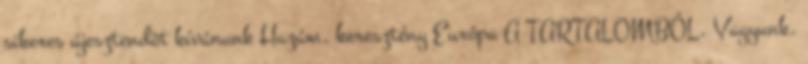
sikeres újesztendõt kívánunk Hazám, keresztény Európa A TARTALOMBÓL. Vagyunk.